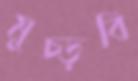
মুচ্‌ড়বি